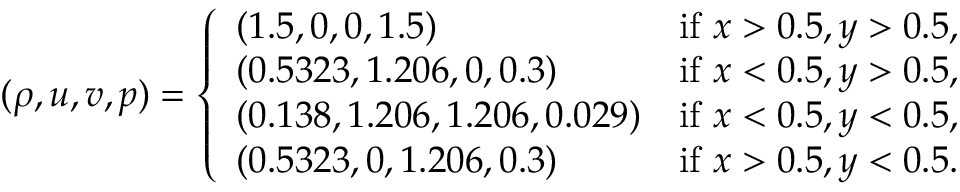
( \rho , u , v , p ) = \left\{ \begin{array} { l l } { ( 1 . 5 , 0 , 0 , 1 . 5 ) } & { \mathrm { i f ~ } x > 0 . 5 , y > 0 . 5 , } \\ { ( 0 . 5 3 2 3 , 1 . 2 0 6 , 0 , 0 . 3 ) } & { \mathrm { i f ~ } x < 0 . 5 , y > 0 . 5 , } \\ { ( 0 . 1 3 8 , 1 . 2 0 6 , 1 . 2 0 6 , 0 . 0 2 9 ) } & { \mathrm { i f ~ } x < 0 . 5 , y < 0 . 5 , } \\ { ( 0 . 5 3 2 3 , 0 , 1 . 2 0 6 , 0 . 3 ) } & { \mathrm { i f ~ } x > 0 . 5 , y < 0 . 5 . } \end{array} \right.